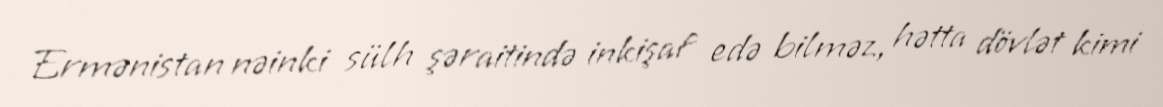
Ermənistan nəinki sülh şəraitində inkişaf edə bilməz, hətta dövlət kimi